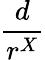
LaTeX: \frac{d}{r^{X}}